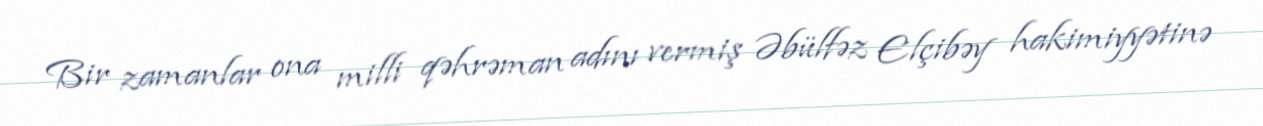
Bir zamanlar ona milli qəhrəman adını vermiş Əbülfəz Elçibəy hakimiyyətinə